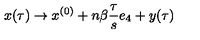
x ( \tau ) \rightarrow x ^ { ( 0 ) } + n \beta \frac { \tau } { s } e _ { 4 } + y ( \tau )